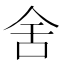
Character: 舍